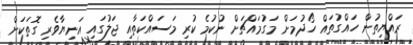
ރައްޔިތުން ހައްގުތައް ހޯދުމަށް މަގުމައްޗަށް ނުކުމެ ކުރި މަސައްކަތާއި ޖަލުގައި އަނިޔާވެރި ގޮތަކަށް